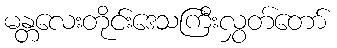
မန္တလေးတိုင်းဒေသကြီးလွှတ်တော်